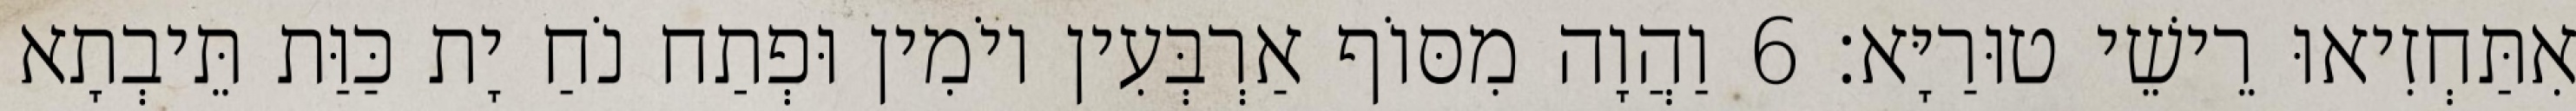
אִתַּחְזִיאוּ רֵישֵׁי טוּרַיָּא׃ 6 וַהֲוָה מִסּוֹף אַרְבְּעִין יוֹמִין וּפְתַח נֹחַ יָת כַּוַּת תֵּיבְתָא